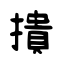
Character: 撌